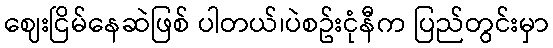
ဈေးငြိမ်နေဆဲဖြစ် ပါတယ်၊ပဲစဥ်းငုံနီက ပြည်တွင်းမှာ